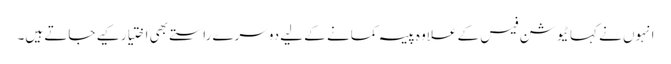
انہوں نے کہا ٹیوشن فیس کے علاوہ پیسہ کمانے کے لیے دوسرے راستے بھی اختیار کیے جاتے ہیں۔